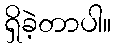
ရှိခဲ့တာပါ။